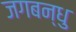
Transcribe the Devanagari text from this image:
जगबन्धु